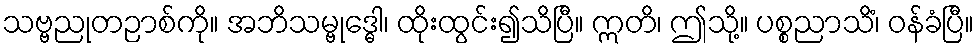
သဗ္ဗညုတဉာစ်ကို။ အဘိသမ္ဗုဒ္ဓေါ၊ ထိုးထွင်း၍သိပြီ။ ဣတိ၊ ဤသို့။ ပစ္စညာသိံ၊ ဝန်ခံပြီ။